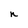
Character: n